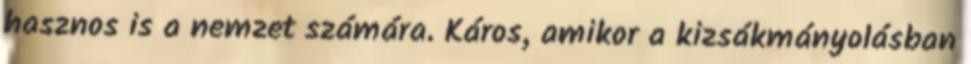
hasznos is a nemzet számára. Káros, amikor a kizsákmányolásban